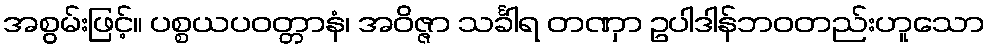
အစွမ်းဖြင့်။ ပစ္စယပဝတ္တာနံ၊ အဝိဇ္ဇာ သင်္ခါရ တဏှာ ဥပါဒါန်ဘဝတည်းဟူသော